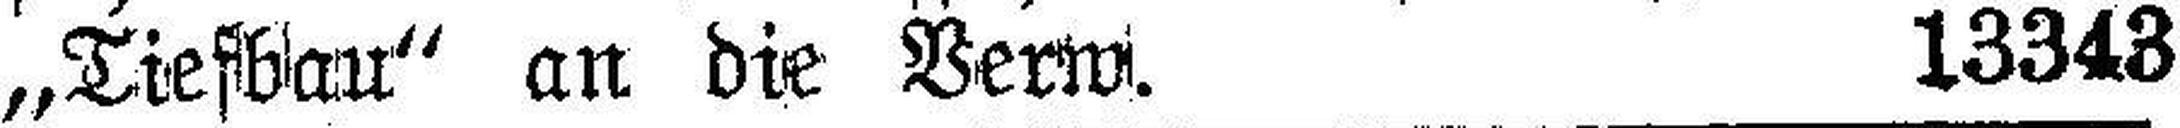
„Tiefbau“ an die Verw. 13343